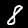
Label: 8